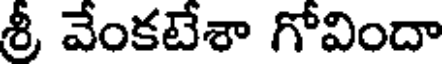
శ్రీ వేంకటేశా గోవిందా